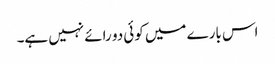
اس بارے میں کوئی دو رائے نہیں ہے۔